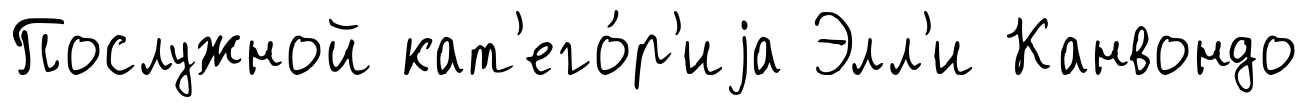
Послужной кат'его́р'иjа Элл'и Канвондо